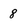
Character: 8